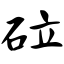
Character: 砬